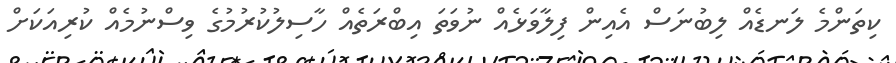
ކިތަންމެ ލަނޑެއް ލިބުނަސް އެއިން ފިލާވަޅެއް ނުވަތަ އިބްރަތެއް ހާސިލުކުރުމުގެ ވިސްނުމެއް ކުރިއަކަށް